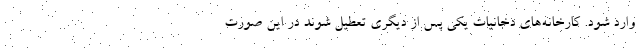
وارد شود. کارخانه‌های دخانیات یکی پس از دیگری تعطیل شوند در این صورت